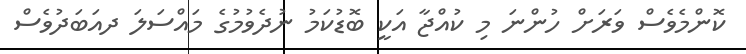
ކޮންމެވެސް ވަރަށް ހުންނަ މި ކުއްޖާ އަކީ ބޮޑުކަމު ނުދެވުމުގެ މައްސަލަ ދއަބަދުވެސް